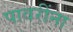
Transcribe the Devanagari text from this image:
पावरींना